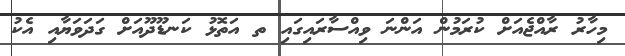
މިހާރު ރާއްޖެއަށް ކުރަމުން އަންނަ ވިއްސާރައިގައި ތ އަތޮޅު ކަނޑޫދޫއަށް ގަދަވަޔާއި އެކު